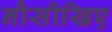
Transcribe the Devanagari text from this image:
नौसीखिए